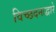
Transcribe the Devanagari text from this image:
विच्छदनाद्वारे